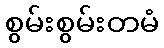
စွမ်းစွမ်းတမံ